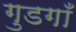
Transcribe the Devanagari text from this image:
गुडगाँ